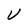
Character: V